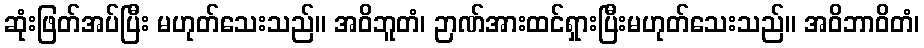
ဆုံးဖြတ်အပ်ပြီး မဟုတ်သေးသည်။ အဝိဘူတံ၊ ဉာဏ်အားထင်ရှားပြီးမဟုတ်သေးသည်။ အဝိဘာဝိတံ၊